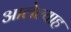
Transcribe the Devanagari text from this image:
आलेल्याह